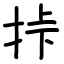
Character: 挊